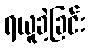
ရယူခဲ့ခြင်း